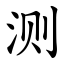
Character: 测